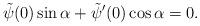
LaTeX: \begin{align*}\tilde{\psi}(0) \sin\alpha + \tilde{\psi}'(0) \cos\alpha = 0.\end{align*}